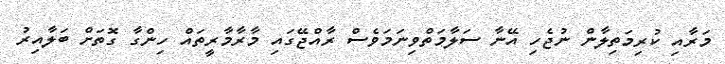
މަރާއި ކުރިމަތިލާން ނުޖެހި އޭނާ ސަލާމަތްވިނަމަވެސް ރާއްޖޭގައި މާރާމާރީތައް ހިންގާ ގޮތަށް ބަލާއިރު